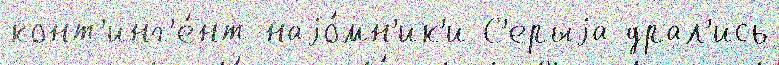
конт'инг'е́нт наjо́мн'ик'и С'ерыjа драл'ись